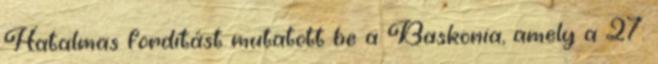
Hatalmas fordítást mutatott be a Baskonia, amely a 27.